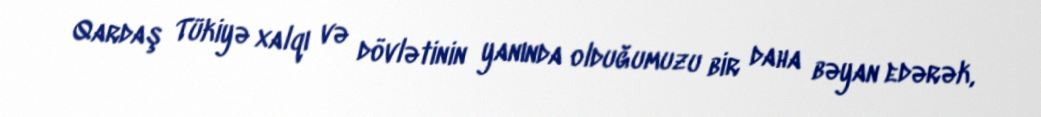
Qardaş Tükiyə xalqı və dövlətinin yanında olduğumuzu bir daha bəyan edərək,